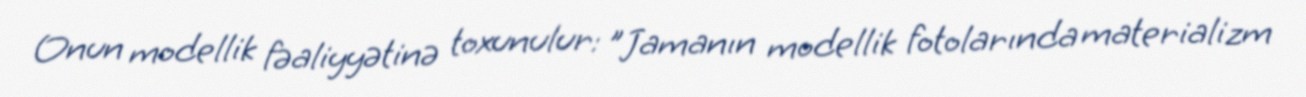
Onun modellik fəaliyyətinə toxunulur: "Jamanın modellik fotolarında materializm